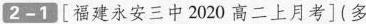
2-1 [福建永安三中2020高二上月考](多